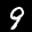
Label: 9